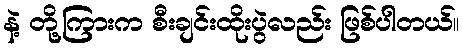
နဲ့ တို့ကြားက စီးချင်းထိုးပွဲလည်း ဖြစ်ပါတယ်။